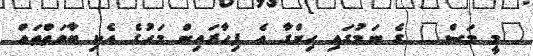
"މީ މަސް" ގެ ނަމުގައި ހިންގާ އެ ފިހާރައިން މަހުގެ އެކި ބާވަތްތައް